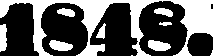
1848.